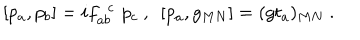
[ p _ { a } , p _ { b } ] = i f _ { a b } ^ { ~ ~ c } \, \, p _ { c } ~ , ~ ~ [ p _ { a } , g _ { M N } ] = ( g t _ { a } ) _ { M N } ~ .